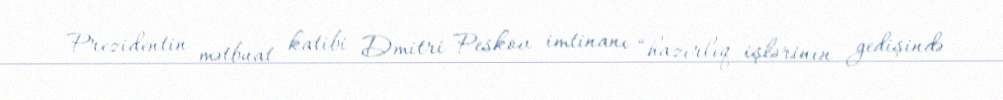
Prezidentin mətbuat katibi Dmitri Peskov imtinanı “hazırlıq işlərinin gedişində